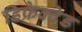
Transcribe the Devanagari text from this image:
डिफ्रैक्टेड